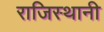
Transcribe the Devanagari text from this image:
राजिस्थानी